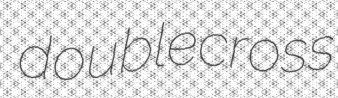
doublecross